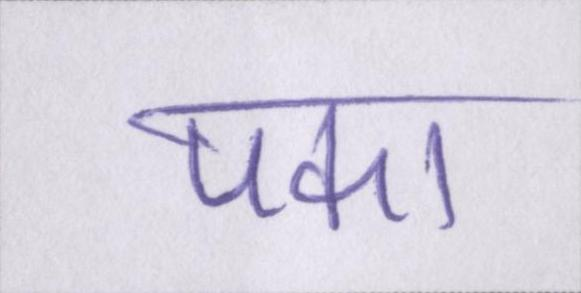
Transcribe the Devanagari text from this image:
पका